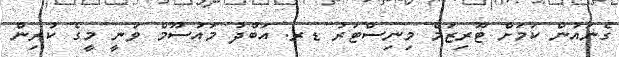
ގެނައުން ކަމަށް ޓޫރިޒަމް މިނިސްޓަރު ޑރ. އަބްދު މައުސޫމް ވަނީ މީގެ ކުރިން